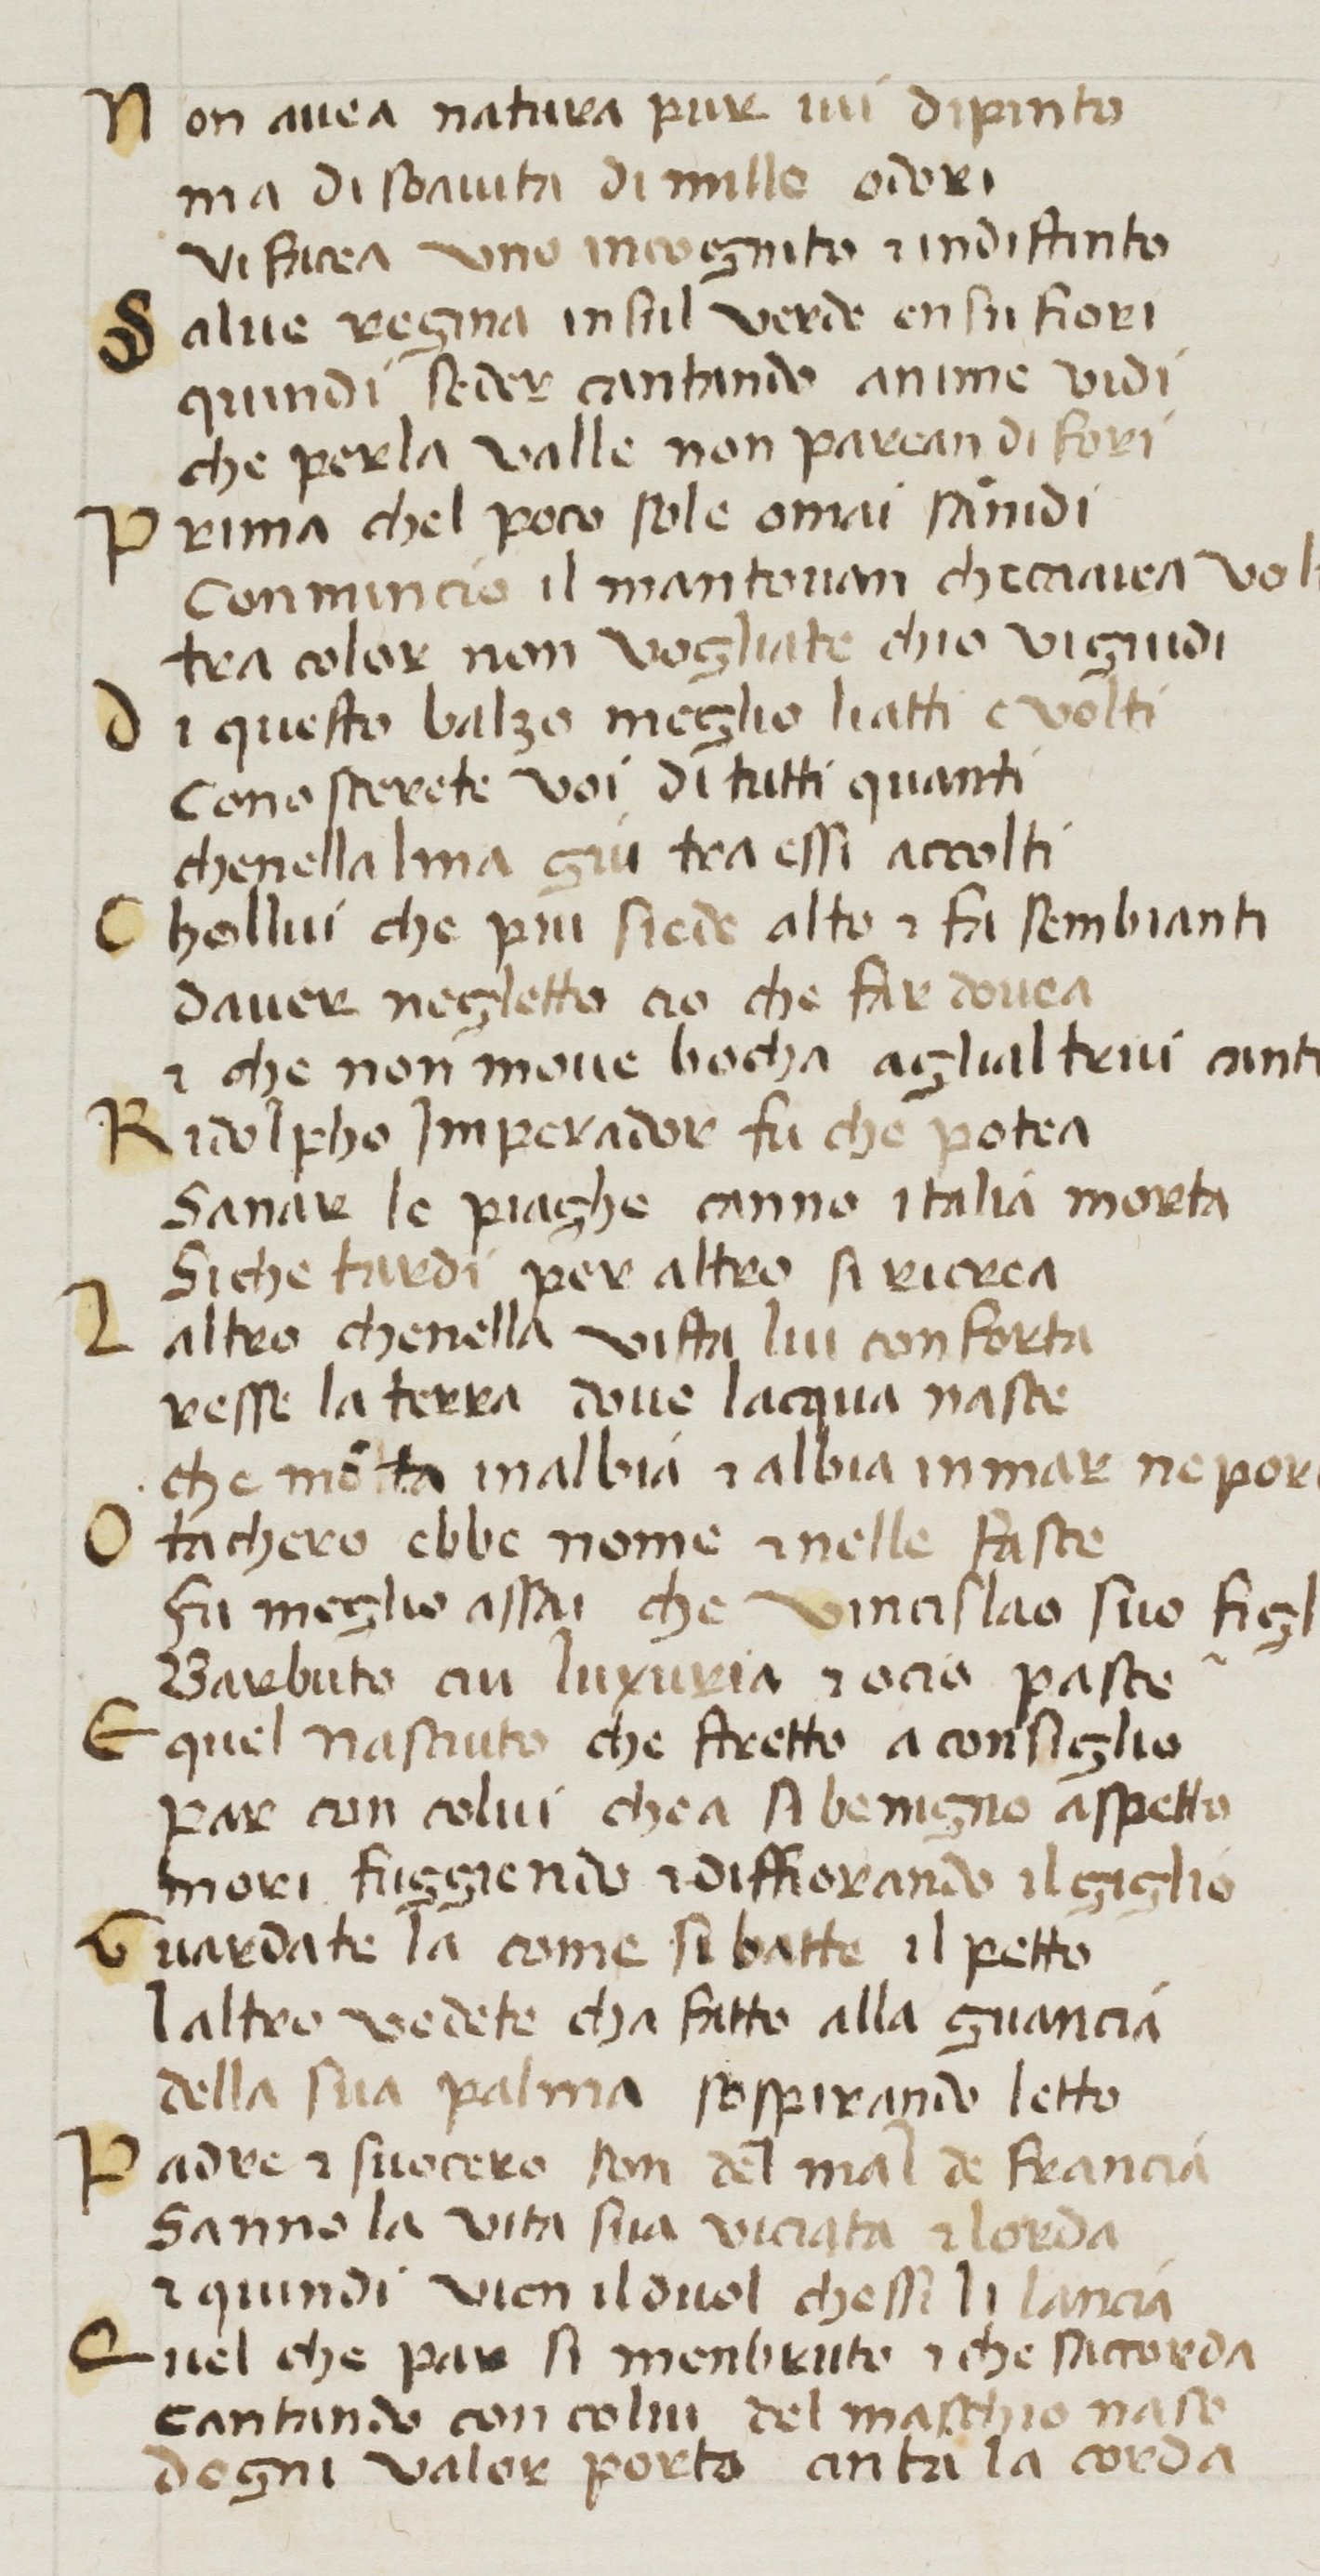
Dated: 1380–1399